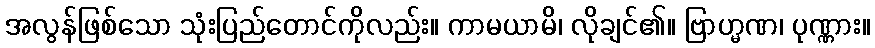
အလွန်ဖြစ်သော သုံးပြည်တောင်ကိုလည်း။ ကာမယာမိ၊ လိုချင်၏။ ဗြာဟ္မဏ၊ ပုဏ္ဏား။